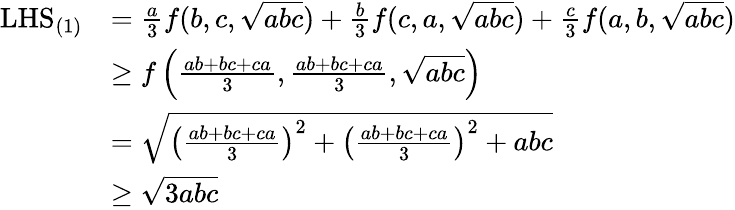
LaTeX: \begin{array}{rl}{\mathrm{LHS}_{(1)}}&{=\frac{a}{3}f(b,c,\sqrt{abc})+\frac{b}{3}f(c,a,\sqrt{abc})+\frac{c}{3}f(a,b,\sqrt{abc})}\\ &{\ge f\left(\frac{ab+bc+ca}{3},\frac{ab+bc+ca}{3},\sqrt{abc}\right)}\\ &{=\sqrt{\left(\frac{ab+bc+ca}{3}\right)^{2}+\left(\frac{ab+bc+ca}{3}\right)^{2}+abc}}\\ &{\ge\sqrt{3abc}}\end{array}